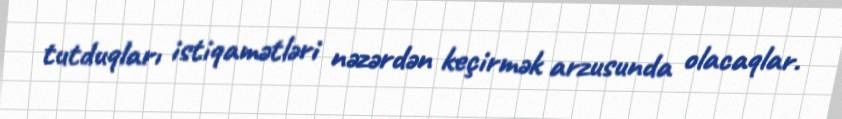
tutduqları istiqamətləri nəzərdən keçirmək arzusunda olacaqlar.